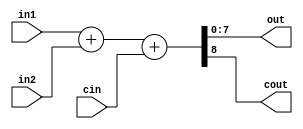
module ADD8 #(parameter SIZE = 8)(input [SIZE-1:0] in1, in2, 
    input cin, output [SIZE-1:0] out, output cout);
assign {cout, out} = in1 + in2 + cin;
endmodule